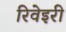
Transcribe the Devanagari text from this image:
रिवेइरी